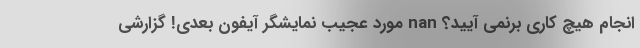
انجام هیچ کاری برنمی آیید؟ nan مورد عجیب نمایشگر آیفون بعدی! گزارشی